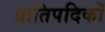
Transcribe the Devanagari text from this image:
प्रातिपदिकों